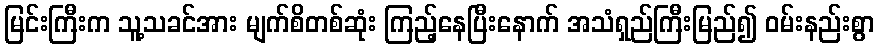
မြင်းကြီးက သူ့သခင်အား မျက်စိတစ်ဆုံး ကြည့်နေပြီးနောက် အသံရှည်ကြီးမြည်၍ ဝမ်းနည်းစွာ